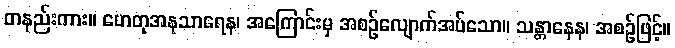
တနည်းကား။ ဟေတုအနုသာရေန၊ အကြောင်းမှ အစဉ်လျောက်အပ်သော။ သန္တာနေန၊ အစဉ်ဖြင့်။